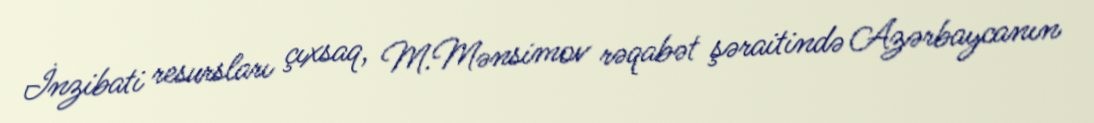
İnzibati resursları çıxsaq, M.Mənsimov rəqabət şəraitində Azərbaycanın